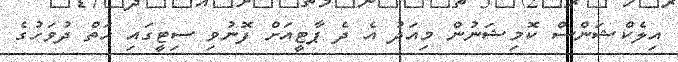
އިލެކްޝަންސް ކޮމިޝަނުން މިއަދު އެ ދެ ޕާޓީއަށް ފޮނުވި ސިޓީގައި ހަތް ދުވަހުގެ